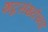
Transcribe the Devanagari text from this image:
शब्दसंख्येच्या